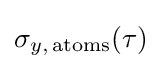
\sigma _{y,\,{\rm {atoms}}}(\tau )